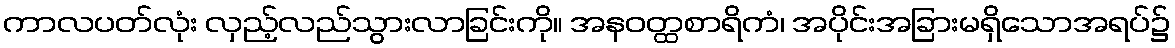
ကာလပတ်လုံး လှည့်လည်သွားလာခြင်းကို။ အနဝတ္ထစာရိကံ၊ အပိုင်းအခြားမရှိသောအရပ်၌